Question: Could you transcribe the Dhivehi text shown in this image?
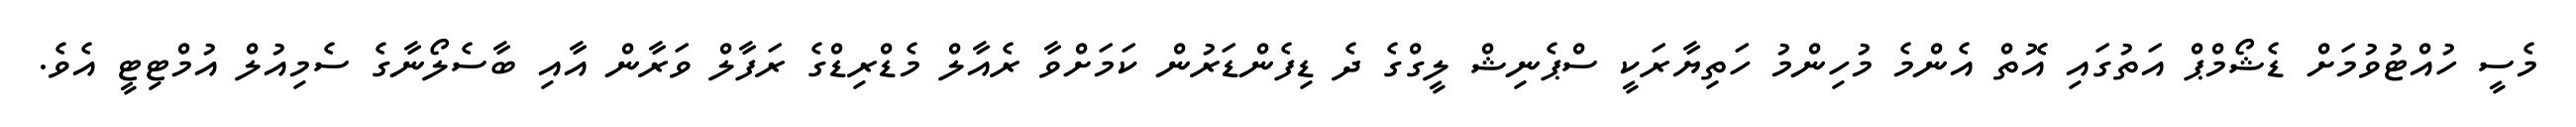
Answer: މެސީ ހުއްޓުވުމަށް ޑެޝޯމްޕް އަތުގައި އޮތް އެންމެ މުހިންމު ހަތިޔާރަކީ ސްޕެނިޝް ލީގްގެ ދެ ޑިފެންޑަރުން ކަމަށްވާ ރެއާލް މެޑްރިޑްގެ ރަފާލް ވަރާން އާއި ބާސެލޯނާގެ ސެމިއުލް އުމްޓިޓީ އެވެ.